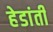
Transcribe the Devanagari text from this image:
हेडांती